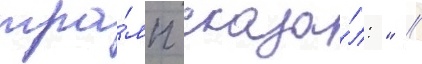
тра́мп сказа́л: " //